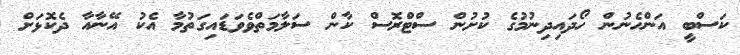
ކަސްބީ އަންހެނުން ހޯދައިދިނުމުގެ ކުށުން ސްޓްރޮސް ކާން ސަލާމަތްވެވަޑައިގަތުމާ އެކު އޭނާއާ ދެކޮޅަށް